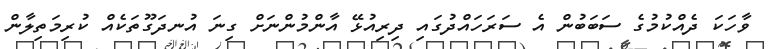
ވާހަކަ ދެއްކުމުގެ ސަބަބުން އެ ސަރަހައްދުގައި ދިރިއުޅޭ އާންމުންނަށް ގިނަ އުނދަގޫތަކެއް ކުރިމަތިލާން